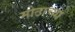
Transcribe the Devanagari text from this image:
मोठाच्या